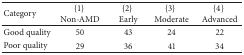
<table><thead><tr><td><b>Category</b></td><td><b>{1}Non-AMD</b></td><td><b>{2}Early</b></td><td><b>{3}Moderate</b></td><td><b>{4}Advanced</b></td></tr></thead><tbody><tr><td>Good quality</td><td>50</td><td>43</td><td>24</td><td>22</td></tr><tr><td>Poor quality</td><td>29</td><td>36</td><td>41</td><td>34</td></tr></tbody></table>